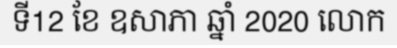
ទី12 ខែ ឧសាភា ឆ្នាំ 2020 លោក